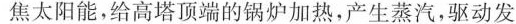
焦太阳能，给高塔顶端的锅炉加热，产生蒸汽，驱动发